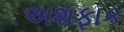
અશફાક